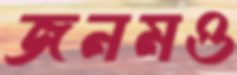
জনমও